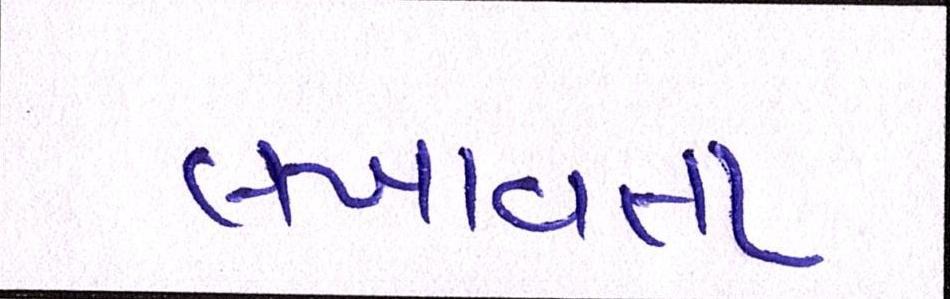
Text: લખાવતા